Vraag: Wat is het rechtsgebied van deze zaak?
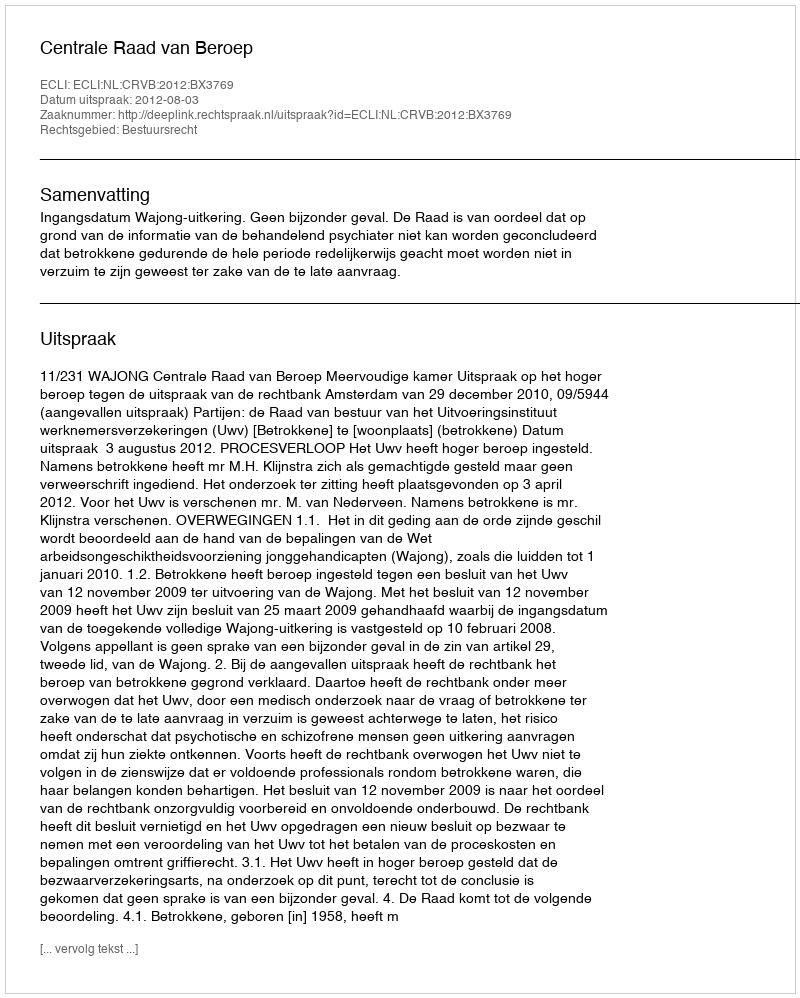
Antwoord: Bestuursrecht